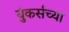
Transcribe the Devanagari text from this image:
युंकर्सच्या